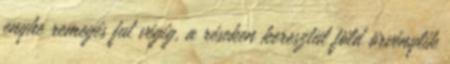
enyhe remegés fut végig, a réseken keresztül föld örvénylik